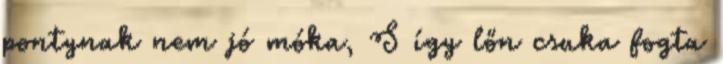
pontynak nem jó móka, S így lőn csuka fogta